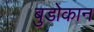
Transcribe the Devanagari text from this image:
बुडोकान